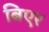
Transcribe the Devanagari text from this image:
बिएर